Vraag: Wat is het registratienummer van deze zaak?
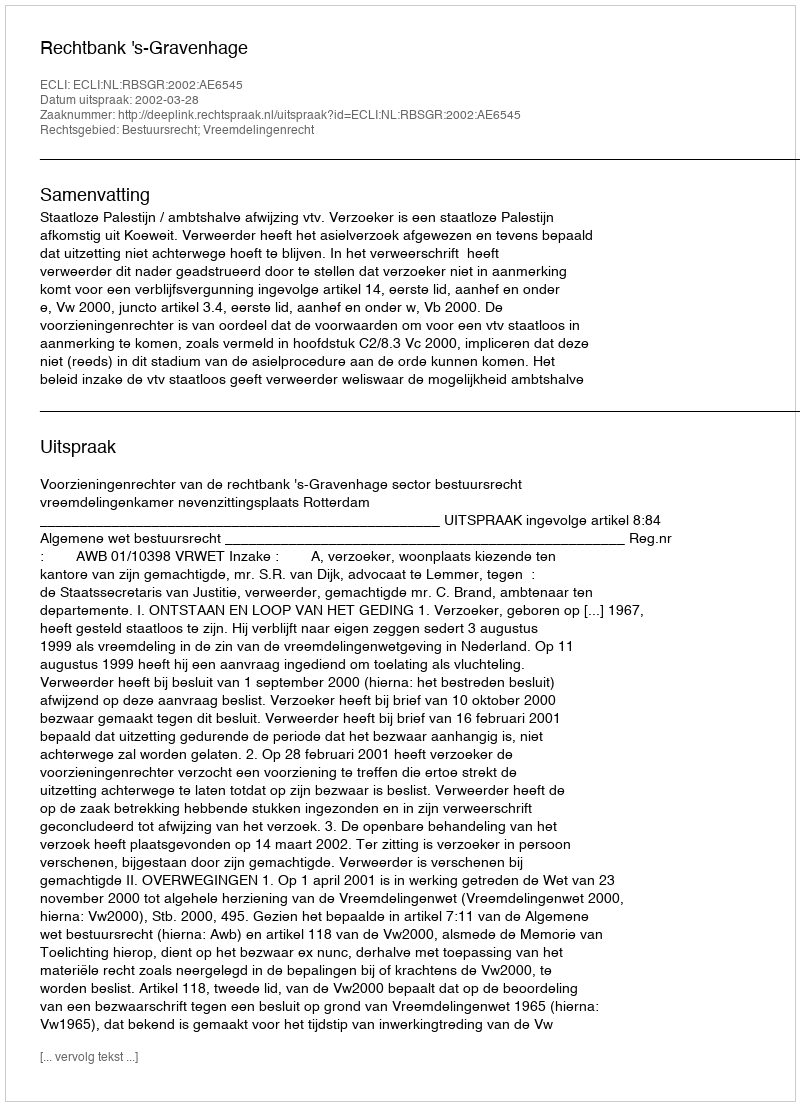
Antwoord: http://deeplink.rechtspraak.nl/uitspraak?id=ECLI:NL:RBSGR:2002:AE6545